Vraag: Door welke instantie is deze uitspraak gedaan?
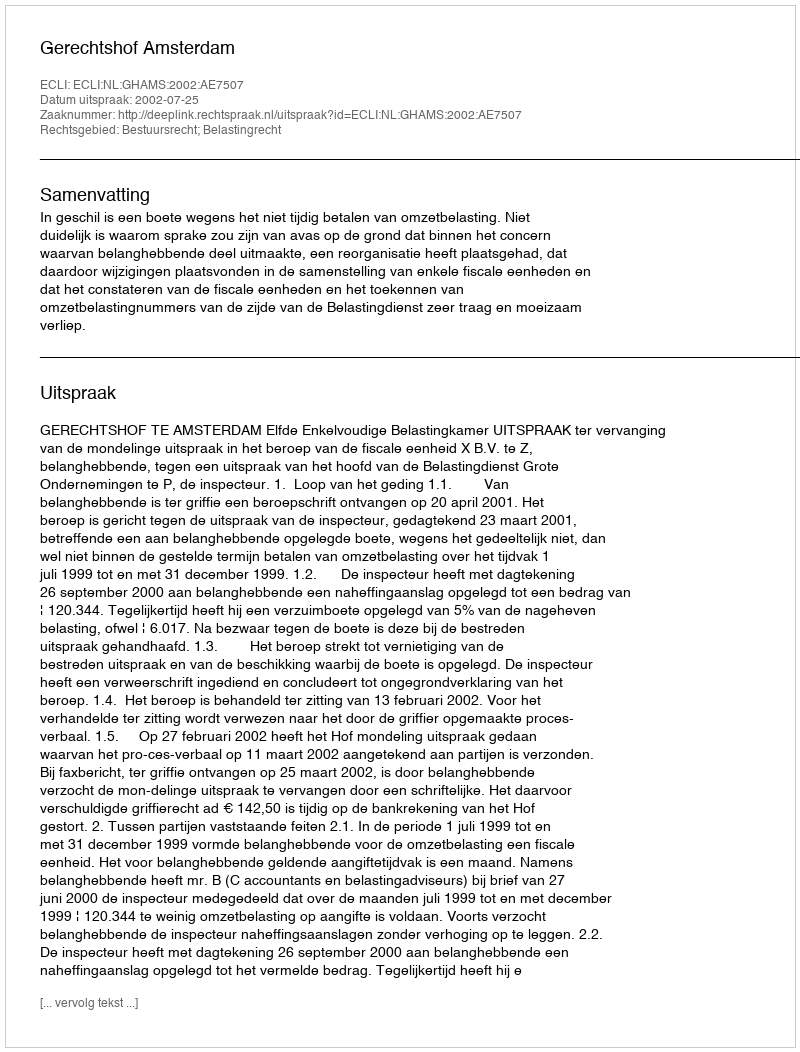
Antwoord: Gerechtshof Amsterdam